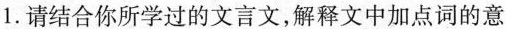
1.请结合你所学过的文言文，解释文中加点词的意